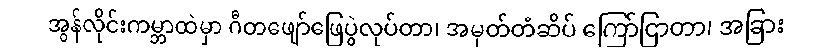
အွန်လိုင်းကမ္ဘာထဲမှာ ဂီတဖျော်ဖြေပွဲလုပ်တာ၊ အမှတ်တံဆိပ် ကြော်ငြာတာ၊ အခြား